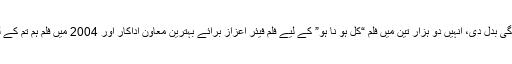
دو ہزار ایک کی فلم دل چاہتا ہے نے ان کی زندگی بدل دی، انہیں دو ہزار تین میں فلم “کل ہو نا ہو” کے لیے فلم فیئر اعزاز برائے بہترین معاون اداکار اور 2004 میں فلم ہم تم کے لیے فلم فیئر برائے بہترین اداکار سے نوازا گیا ۔